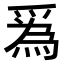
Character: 𤔡